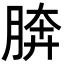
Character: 𦜭